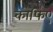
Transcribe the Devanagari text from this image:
काफिए